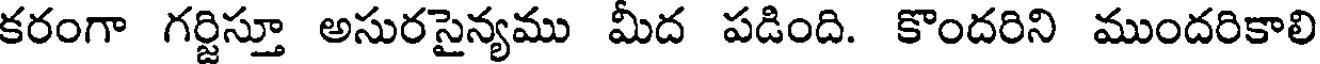
కరంగా గర్జిస్తూ అసురసైన్యము మీద పడింది. కొందరిని ముందరికాలి